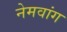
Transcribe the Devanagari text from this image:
नेमवांग